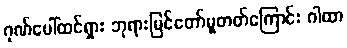
ဂုဏ်ပေါ်ထင်ရှား ဘုရားမြင်တော်မူတတ်ကြောင်း ဂါထာ